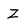
Character: z